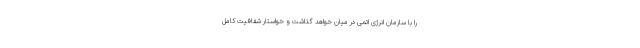
را با سازمان انرژی اتمی در میان خواهد گذاشت و خواستار شفافیت کامل